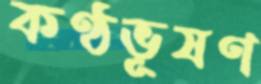
কণ্ঠভূষণ